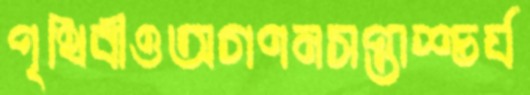
পৃথিবীওঅগণনসপ্তাশ্চর্য